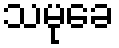
သမုခေ